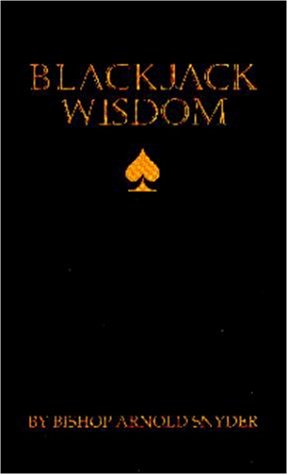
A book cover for Blackjack Wisdom; Arnold Snyder; Humor & Entertainment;